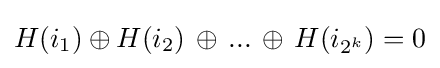
H(i_{1})\oplus H(i_{2})\,\oplus \,...\,\oplus \,H(i_{2^{k}})=0